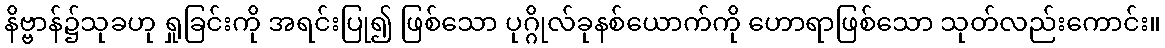
နိဗ္ဗာန်၌သုခဟု ရှုခြင်းကို အရင်းပြု၍ ဖြစ်သော ပုဂ္ဂိုလ်ခုနစ်ယောက်ကို ဟောရာဖြစ်သော သုတ်လည်းကောင်း။